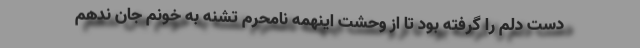
دست دلم را گرفته بود تا از وحشت اینهمه نامحرمِ تشنه به خونم جان ندهم